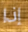
إذا